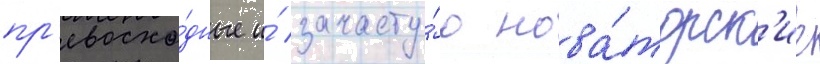
пр'евосхо́дные и́ зачасту́ю нова́торск'ие